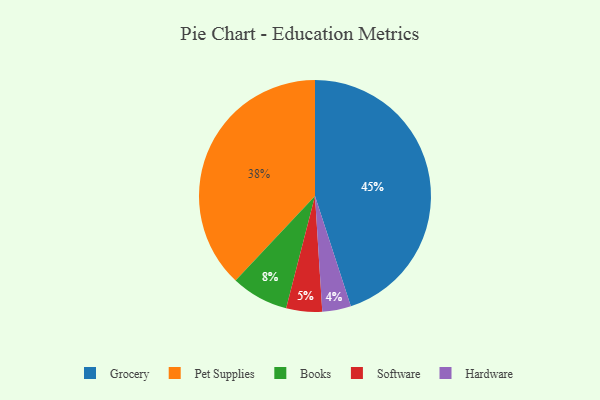
{"axis": {"x": "Category", "y": "Percentage"}, "legend": ["Books", "Grocery", "Hardware", "Pet Supplies", "Software"], "data": [{"x": "Hardware", "y": 4, "type": "Hardware"}, {"x": "Books", "y": 8, "type": "Books"}, {"x": "Pet Supplies", "y": 38, "type": "Pet Supplies"}, {"x": "Grocery", "y": 45, "type": "Grocery"}, {"x": "Software", "y": 5, "type": "Software"}]}